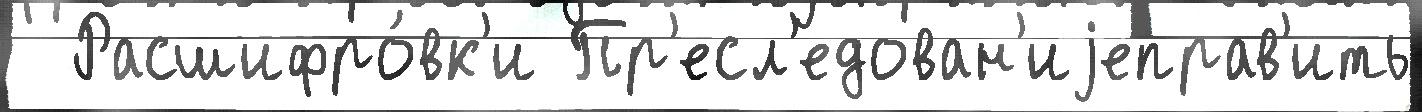
  Расшифро́вк'и Пр'есл'едован'иjеправ'ить